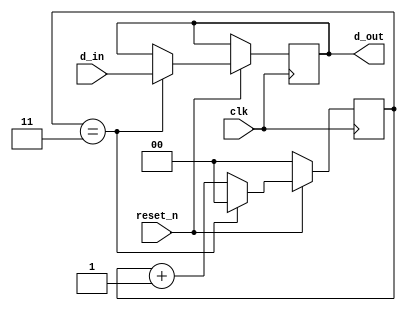
module XCY1 (
clk,
reset_n,
d_in,
d_out
);
input clk;
input [13:0] d_in;
input reset_n;
output [13:0] d_out;
reg [13:0] d_out;
reg [1:0] cnt;

always@(posedge clk)
begin
if(!reset_n)
cnt<=2'b00;
else if(cnt==2'b11)
begin
cnt<=2'b00;
d_out<=d_in;
end
else
cnt<=cnt+1;

end 


endmodule